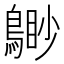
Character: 𪃐